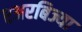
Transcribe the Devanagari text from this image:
एअरबिज्या